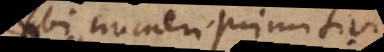
(ubi numeri primitivi